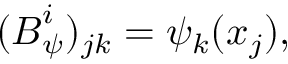
( { \boldsymbol { { B } } _ { \psi } ^ { i } } ) _ { j k } = { \psi _ { k } ( \boldsymbol { x } _ { j } ) } ,